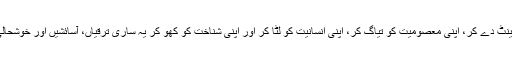
ہم اپنی بندگی کی بھینٹ دے کر، اپنی معصومیت کو تیاگ کر، اپنی انسانیت کو لٹا کر اور اپنی شناخت کو کھو کر یہ ساری ترقیاں، آسائشیں اور خوشحالی حاصل کرتے ہیں۔